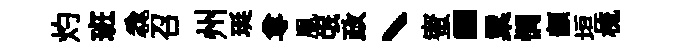
灼班毳召州珽尊凰氓政丶蜜“粟惘顓垣梳